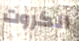
الكروت